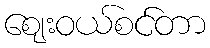
ဈေးဝယ်စင်တာ